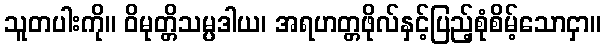
သူတပါးကို။ ဝိမုတ္တိသမ္ပဒါယ၊ အရဟတ္တဖိုလ်နှင့်ပြည့်စုံစိမ့်သောငှာ။